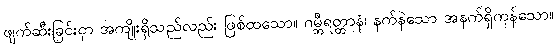
ဖျက်ဆီးခြင်းငှာ အကျိုးရှိသည်လည်း ဖြစ်ထသော။ ဂမ္ဘီရတ္ထာနံ၊ နက်နဲသော အနက်ရှိကုန်သော။